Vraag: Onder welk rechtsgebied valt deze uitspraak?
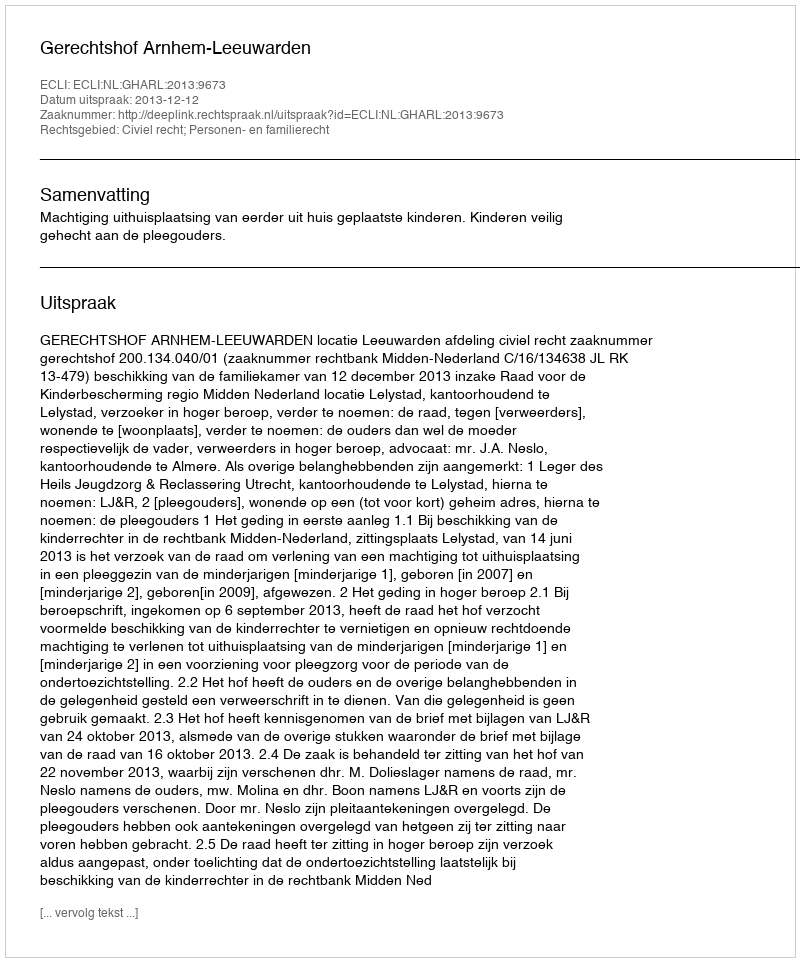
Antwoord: Civiel recht; Personen- en familierecht